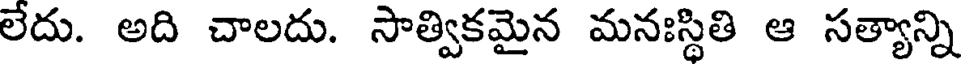
లేదు. అది చాలదు. సాత్వికమైన మనఃస్థితి ఆ సత్యాన్ని